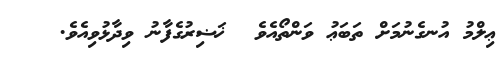
ޢިލްމު އުނގެނުމަށް ތަބަޢު ވަންތޯއެވެ  ޚަޟިރުގެފާނު ވިދާޅުވިއެވެ.